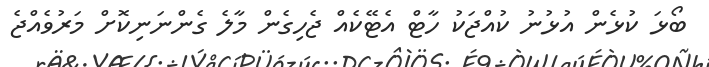
ބޯޅަ ކުޅެން އުޅުނު ކުއްޖަކު ހާޓް އެޓޭކެއް ޖެހިގެން މާލެ ގެންނަނިކޮށް މަރުވެއްޖެ